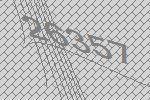
26357